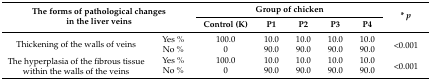
<table><thead><tr><td rowspan="2" colspan="2"><b>The forms of pathological changes in the liver veins</b></td><td colspan="5"><b>Group of chicken</b></td><td rowspan="2"><b>* <i>p</i></b></td></tr><tr><td><b>Control (K)</b></td><td><b>P1</b></td><td><b>P2</b></td><td><b>P3</b></td><td><b>P4</b></td></tr></thead><tbody><tr><td rowspan="2">Thickening of the walls of veins</td><td>Yes %</td><td>100.0</td><td>10.0</td><td>10.0</td><td>10.0</td><td>10.0</td><td rowspan="2">&lt;0.001</td></tr><tr><td>No %</td><td>0</td><td>90.0</td><td>90.0</td><td>90.0</td><td>90.0</td></tr><tr><td rowspan="2">The hyperplasia of the fibrous tissue within the walls of the veins</td><td>Yes %</td><td>100.0</td><td>10.0</td><td>10.0</td><td>10.0</td><td>10.0</td><td rowspan="2">&lt;0.001</td></tr><tr><td>No %</td><td>0</td><td>90.0</td><td>90.0</td><td>90.0</td><td>90.0</td></tr></tbody></table>